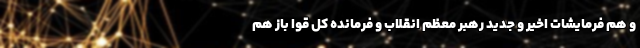
و هم فرمایشات اخیر و جدید رهبر معظم انقلاب و فرمانده کل قوا باز هم